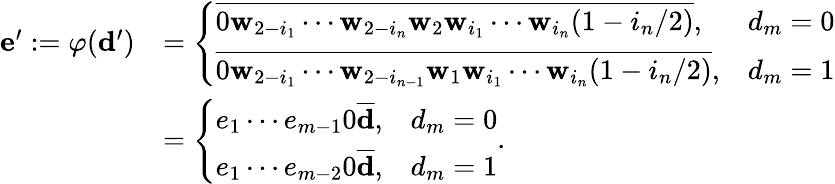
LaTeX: \begin{array}{rl}{\mathbf e^{\prime}:=\varphi(\mathbf d^{\prime})}&{=\left\{ \begin{array}{ll}{\overline{{0\mathbf w_{2-i_{1}}\cdots\mathbf w_{2-i_{n}}\mathbf w_{2}\mathbf w_{i_{1}}\cdots\mathbf w_{i_{n}}(1-i_{n}/2)}},}&{d_{m}=0}\\ {\overline{{0\mathbf w_{2-i_{1}}\cdots\mathbf w_{2-i_{n-1}}\mathbf w_{1}\mathbf w_{i_{1}}\cdots\mathbf w_{i_{n}}(1-i_{n}/2)}},}&{d_{m}=1}\end{array}\right.}\\ &{=\left\{ \begin{array}{ll}{e_{1}\cdots e_{m-1}0\overline{{\mathbf d}},}&{d_{m}=0}\\ {e_{1}\cdots e_{m-2}0\overline{{\mathbf d}},}&{d_{m}=1}\end{array}\right..}\end{array}